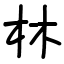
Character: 林